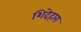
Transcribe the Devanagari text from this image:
शिदेहारा